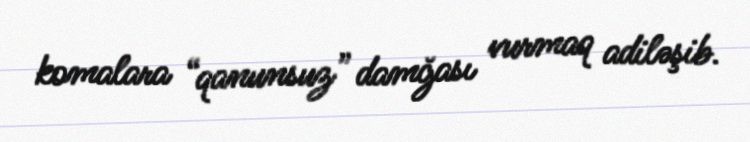
komalara “qanunsuz” damğası vurmaq adiləşib.